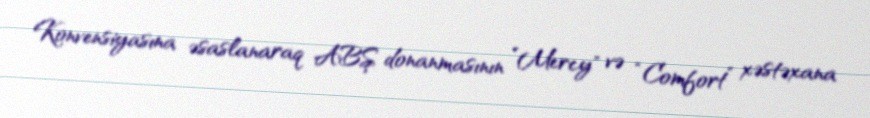
Konvensiyasına əsaslanaraq ABŞ donanmasının ”Mercy" və “Comfort” xəstəxana